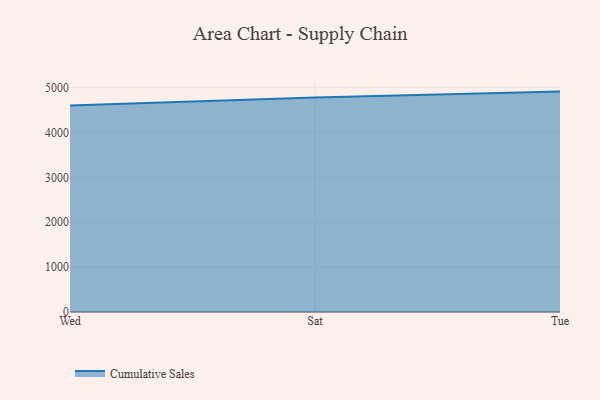
{"axis": {"x": "Day", "y": "LTV (USD)"}, "legend": ["Cumulative Sales"], "data": [{"x": "Wed", "y": 4602.5, "type": "Cumulative Sales"}, {"x": "Sat", "y": 4776.3, "type": "Cumulative Sales"}, {"x": "Tue", "y": 4910.4, "type": "Cumulative Sales"}]}